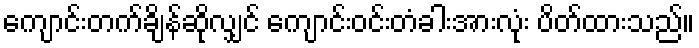
ကျောင်းတက်ချိန်ဆိုလျှင် ကျောင်းဝင်းတံခါးအားလုံး ပိတ်ထားသည်။